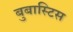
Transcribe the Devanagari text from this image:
बुबास्टिस